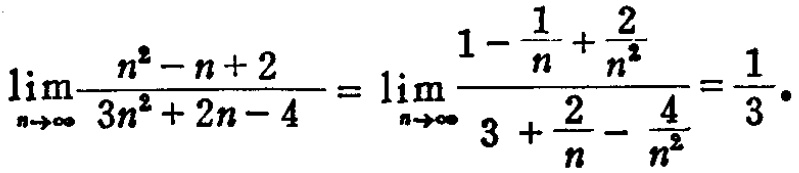
\[\lim_{n \to \infty} \frac{n^{2}-n + 2}{3n^{2}+2n - 4}=\lim_{n \to \infty} \frac{1-\frac{1}{n}+\frac{2}{n^{2}}}{3+\frac{2}{n}-\frac{4}{n^{2}}}=\frac{1}{3} \cdot\]